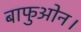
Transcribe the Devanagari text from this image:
बाफुओन।